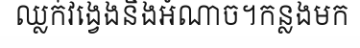
ឈ្លក់វង្វេងនឹងអំណាច។កន្លងមក